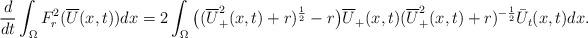
LaTeX: \begin{align*}\frac{d}{dt}\int_\Omega F_r^2(\overline U(x,t))dx=2\int_\Omega\big((\overline U_+^2(x,t)+r)^{\frac{1}{2}}-r\big) \overline U_+(x,t)(\overline U_+^2(x,t)+r)^{-\frac{1}{2}}\bar U_t(x,t)dx.\end{align*}